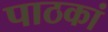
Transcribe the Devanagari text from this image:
पाठकां